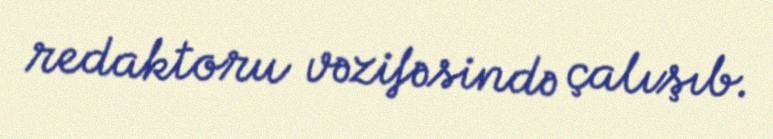
redaktoru vəzifəsində çalışıb.